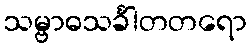
သမ္ဗာဓသင်္ခါတတရော